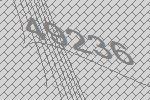
49236